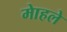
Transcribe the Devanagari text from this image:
माेहले